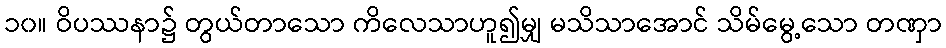
၁၀။ ဝိပဿနာ၌ တွယ်တာသော ကိလေသာဟူ၍မျှ မသိသာအောင် သိမ်မွေ့သော တဏှာ